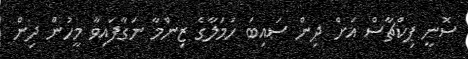
ސޮނީ ޕިކްޗާސް އަށް ދިން ސައިބަ ހަމަލާގެ ޒިންމާ ނަގާފައިވާ މީހުން ދިން